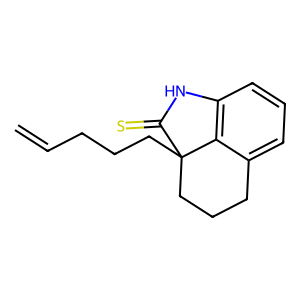
SMILES: C=CCCCC12CCCc3cccc(c31)NC2=S
Inhibits HIV replication: No